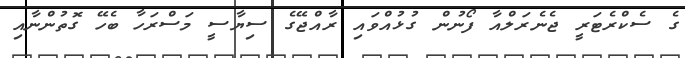
ގެ ސެކްރެޓަރީ ޖެނެރަލްއާ ފޯނުން ގުޅުއްވައި ރާއްޖޭގެ ސިޔާސީ މަސްރަހާ ބެހޭ ގޮތުންނާއި